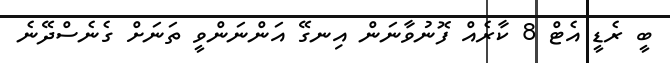
ބީ ރެޑީ އެޓް 8 ކާރެއް ފޮނުވާނަން އިނގޭ އަންނަންވީ ތަނަށް ގެނެސްދޭނެ